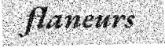
flaneurs